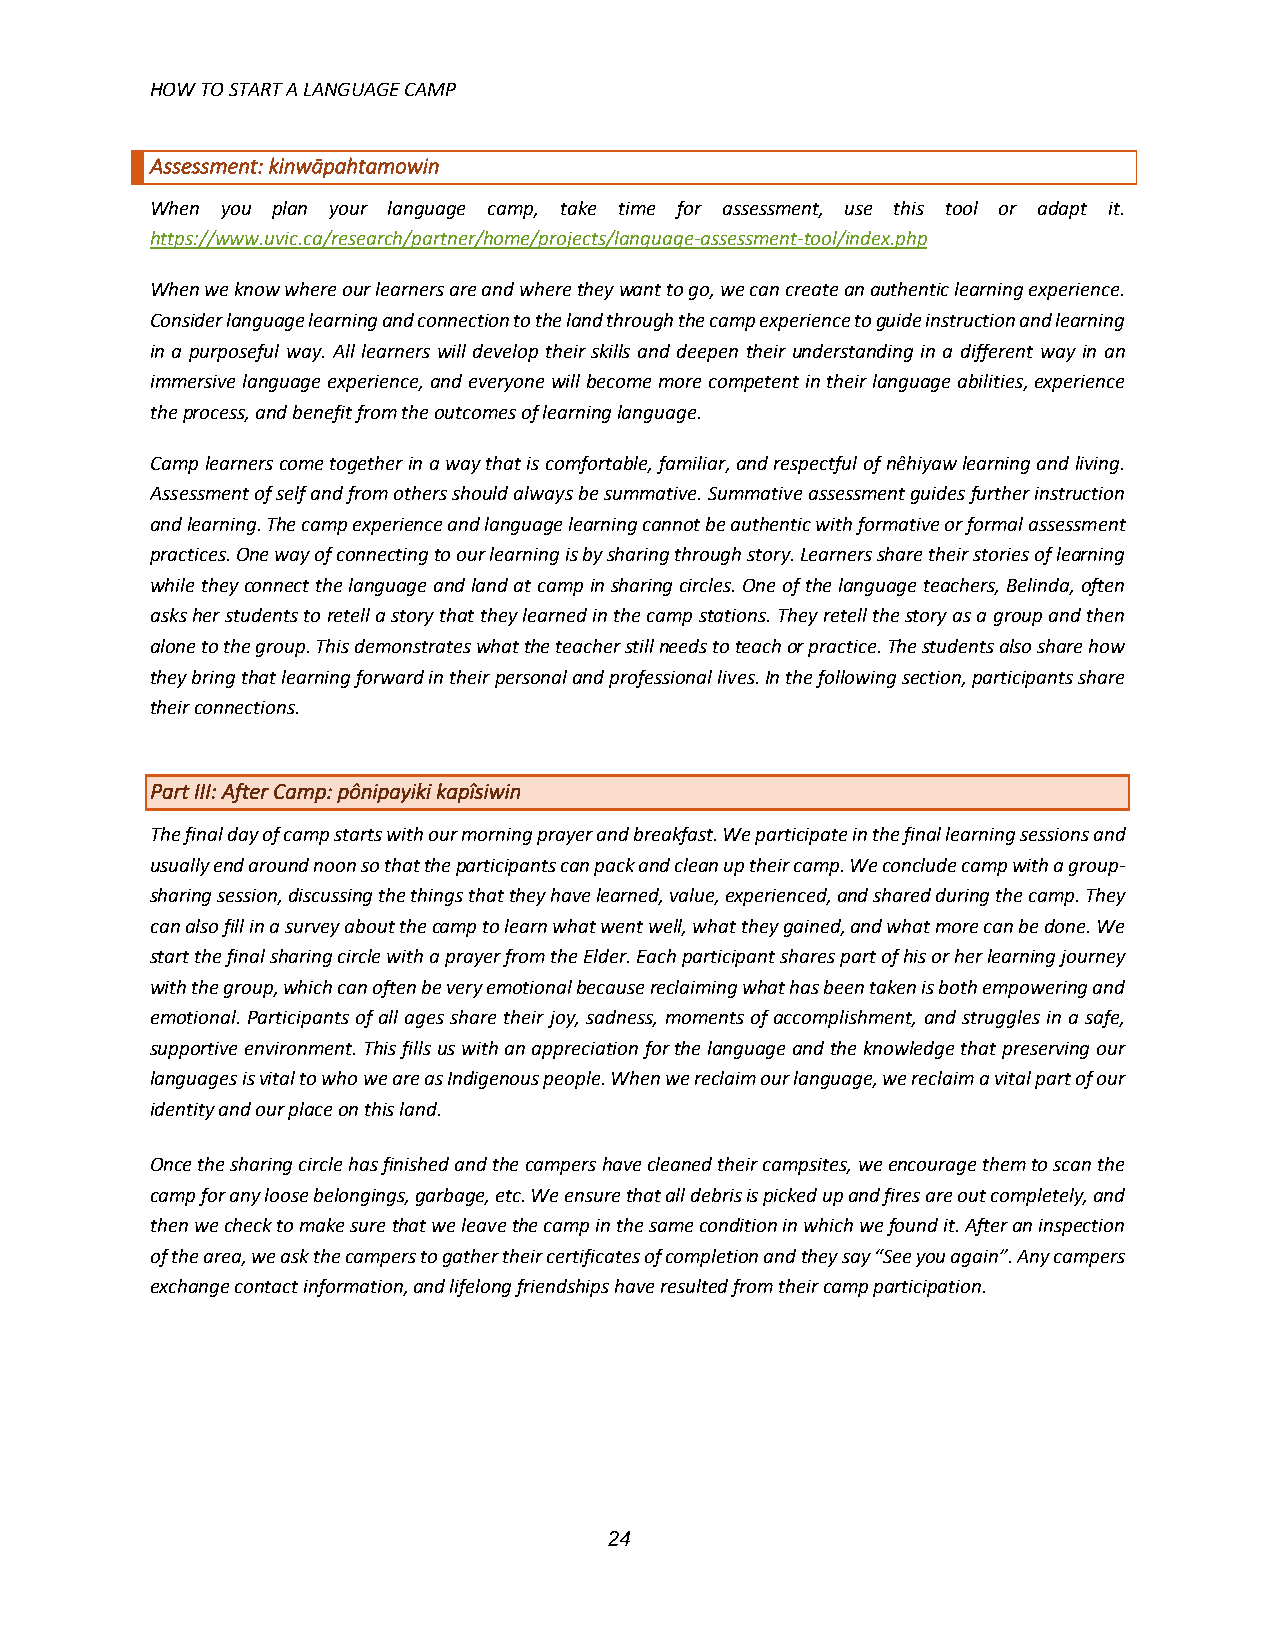
HOW TO START A LANGUAGE CAMP
 Assessment: kinwāpahtamowin
 When you plan your language camp, take time for assessment, use this tool or adapt it.
 https://www.uvic.ca/research/partner/home/projects/language-assessment-tool/index.php
 When we know where our learners are and where they want to go, we can create an authentic learning experience.
 Consider language learning and connection to the land through the camp experience to guide instruction and learning
 in a purposeful way. All learners will develop their skills and deepen their understanding in a different way in an
 immersive language experience, and everyone will become more competent in their language abilities, experience
 the process, and benefit from the outcomes of learning language.
 Camp learners come together in a way that is comfortable, familiar, and respectful of nêhiyaw learning and living.
 Assessment of self and from others should always be summative. Summative assessment guides further instruction
 and learning. The camp experience and language learning cannot be authentic with formative or formal assessment
 practices. One way of connecting to our learning is by sharing through story. Learners share their stories of learning
 while they connect the language and land at camp in sharing circles. One of the language teachers, Belinda, often
 asks her students to retell a story that they learned in the camp stations. They retell the story as a group and then
 alone to the group. This demonstrates what the teacher still needs to teach or practice. The students also share how
 they bring that learning forward in their personal and professional lives. In the following section, participants share
 their connections.
 Part III: After Camp: pônipayiki kapîsiwin
 The final day of camp starts with our morning prayer and breakfast. We participate in the final learning sessions and
 usually end around noon so that the participants can pack and clean up their camp. We conclude camp with a group-
 sharing session, discussing the things that they have learned, value, experienced, and shared during the camp. They
 can also fill in a survey about the camp to learn what went well, what they gained, and what more can be done. We
 start the final sharing circle with a prayer from the Elder. Each participant shares part of his or her learning journey
 with the group, which can often be very emotional because reclaiming what has been taken is both empowering and
 emotional. Participants of all ages share their joy, sadness, moments of accomplishment, and struggles in a safe,
 supportive environment. This fills us with an appreciation for the language and the knowledge that preserving our
 languages is vital to who we are as Indigenous people. When we reclaim our language, we reclaim a vital part of our
 identity and our place on this land.
 Once the sharing circle has finished and the campers have cleaned their campsites, we encourage them to scan the
 camp for any loose belongings, garbage, etc. We ensure that all debris is picked up and fires are out completely, and
 then we check to make sure that we leave the camp in the same condition in which we found it. After an inspection
 of the area, we ask the campers to gather their certificates of completion and they say “See you again”. Any campers
 exchange contact information, and lifelong friendships have resulted from their camp participation.
 24